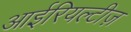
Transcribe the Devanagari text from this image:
आईरियल्टीज़